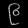
Digit: ၉